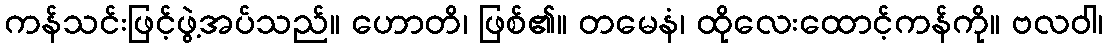
ကန်သင်းဖြင့်ဖွဲ့အပ်သည်။ ဟောတိ၊ ဖြစ်၏။ တမေနံ၊ ထိုလေးထောင့်ကန်ကို။ ဗလဝါ၊